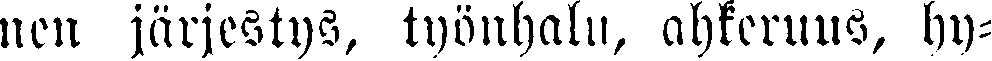
nen järjestys, työnhalu, ahkeruus, hy-